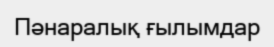
Пәнаралық ғылымдар